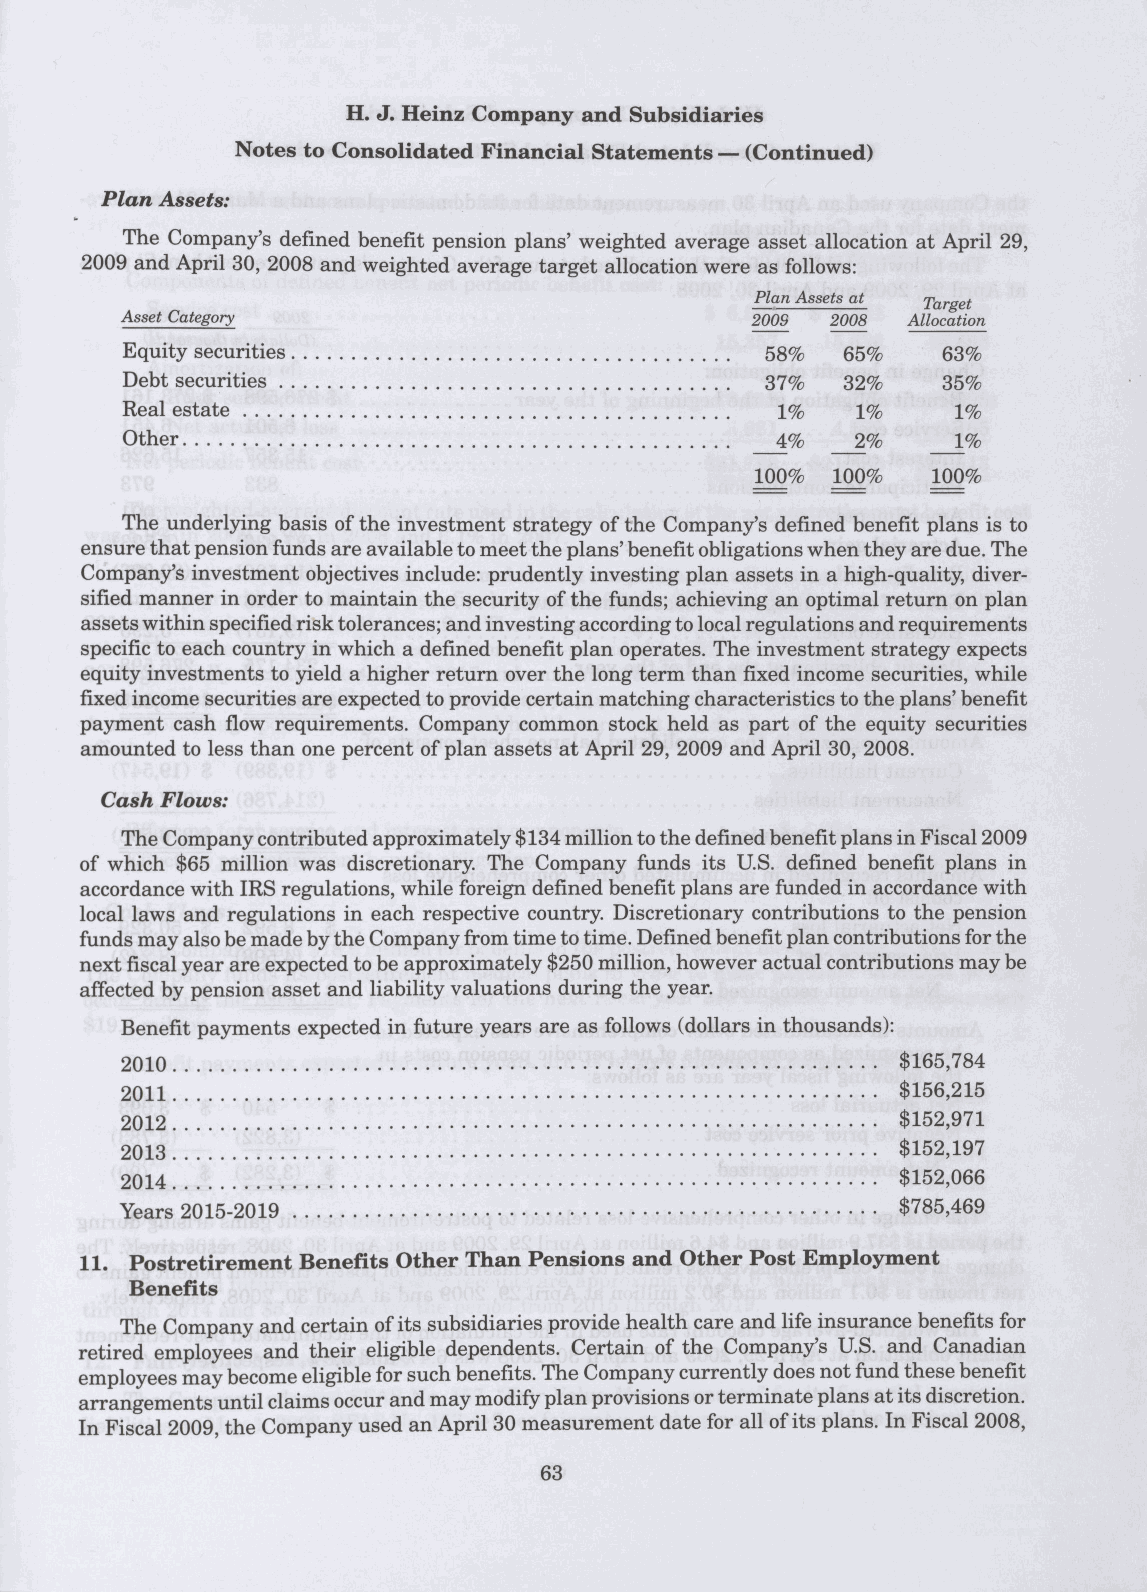
Plan Assets:
 The Company's defined benefit pension plans' weighted average asset allocation at April 29,
 2009 and April 30, 2008 and weighted average target allocation were as follows:
 Plan Assets at Target
 Asset Category                            2009 2008 Allocation
 58%  65%   63%
 37%  32%   35%
 Real estate                                1%    1%    1%
 Other                                      4%    2%    1%
 100% 100%   100%
 The underlying basis of the investment strategy of the Company's defined benefit plans is to
 ensure that pension funds are available to meet the plans' benefit obligations when they are due. The
 Company's investment objectives include: prudently investing plan assets in a high-quality, diver-
 sified manner in order to maintain the security of the funds; achieving an optimal return on plan
 assets within specified risk tolerances; and investing according to local regulations and requirements
 specific to each country in which a defined benefit plan operates. The investment strategy expects
 equity investments to yield a higher return over the long term than fixed income securities, while
 fixed income securities are expected to provide certain matching characteristics to the plans' benefit
 payment cash flow requirements. Company common stock held as part of the equity securities
 amounted to less than one percent of plan assets at April 29, 2009 and April 30, 2008.
 Cash Flows:
 The Company contributed approximately $134 million to the defined benefit plans in Fiscal 2009
 of which $65 million was discretionary. The Company funds its U.S. defined benefit plans in
 accordance with IRS regulations, while foreign defined benefit plans are funded in accordance with
 local laws and regulations in each respective country. Discretionary contributions to the pension
 funds may also be made by the Company from time to time. Defined benefit plan contributions for the
 next fiscal year are expected to be approximately $250 million, however actual contributions may be
 affected by pension asset and liability valuations during the year.
 Benefit payments expected in future years are as follows (dollars in thousands):
 201 0                                               $165,784
 201 1                                               $156,215
 201 2                                               $152,971
 201 3                                               $152,197
 201 4                                               $152,066
 Years 2015-2019                                     $785,469
 11. Postretirement Benefits Other Than Pensions and Other Post Employment
 Benefits
 The Company and certain of its subsidiaries provide health care and life insurance benefits for
 retired employees and their eligible dependents. Certain of the Company's U.S. and Canadian
 employees may become eligible for such benefits. The Company currently does not fund these benefit
 arrangements until claims occur and may modify plan provisions or terminate plans at its discretion.
 In Fiscal 2009, the Company used an April 30 measurement date for all of its plans. In Fiscal 2008,